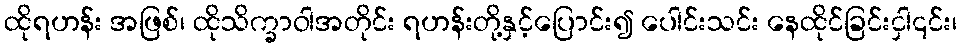
ထိုရဟန်း အဖြစ်၊ ထိုသိက္ခာဝါအတိုင်း ရဟန်းတို့နှင့်ပြောင်း၍ ပေါင်းသင်း နေထိုင်ခြင်းငှါ၎င်း၊